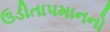
ઉડીતાપમાનનો